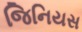
જિનિયસ